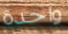
واحدة